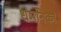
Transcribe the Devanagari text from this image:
धमनिकां